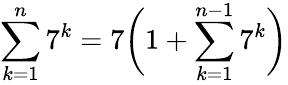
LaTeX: \sum_{k=1}^{n}7^{k}=7{\bigg(}1+\sum_{k=1}^{n-1}7^{k}{\bigg)}